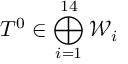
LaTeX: T ^ { 0 } \in \bigoplus _ { i = 1 } ^ { 1 4 } { \mathcal W } _ { i }